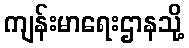
ကျန်းမာရေးဌာနသို့